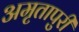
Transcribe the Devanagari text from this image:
अमृतापुरी